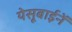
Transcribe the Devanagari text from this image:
येसूबाईनें